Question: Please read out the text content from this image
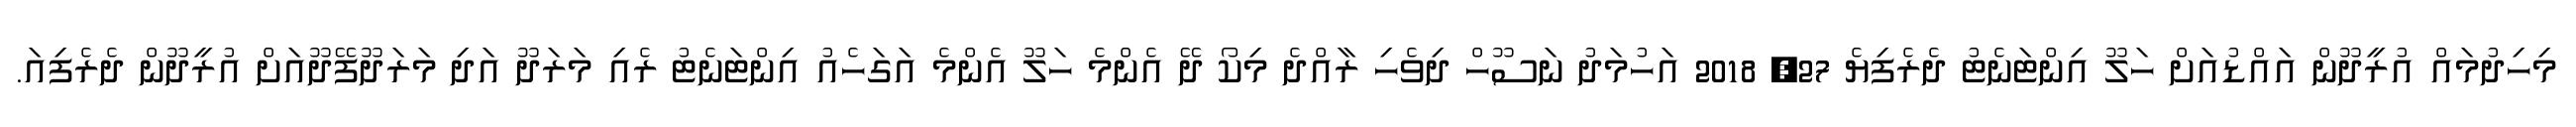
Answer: މިހިދުމައް އުރީދޫން އައްޑުއަށް ހަލޫ އިންޓަނެޓު ދެރެފިޔެ 27, 2018 އަހުމަދު ނަސޫހް ދިވެހި ރާއްދެ މިކޯ ދޭ އެންމެ ހަލޫ އެންމެ އަގަހެއު އިންޓަނެޓު ރެއި މަރަދޫ އަދި މަރަދޫފޭދޫއަށް އުރީދޫން ދެރެފިއަ.